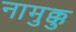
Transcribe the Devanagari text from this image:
नामुक्कु